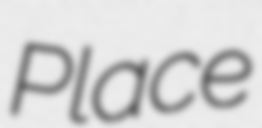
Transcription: Place